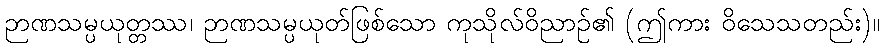
ဉာဏသမ္ပယုတ္တဿ၊ ဉာဏသမ္ပယုတ်ဖြစ်သော ကုသိုလ်ဝိညာဉ်၏ (ဤကား ဝိသေသတည်း)။